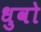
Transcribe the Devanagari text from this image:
धुवो